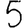
Digit: 5